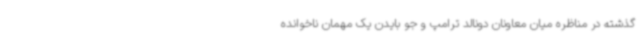
گذشته در مناظره میان معاونان دونالد ترامپ و جو بایدن یک مهمان ناخوانده